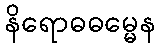
နိရောဓဓမ္မေန